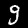
Label: 9